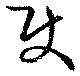
使